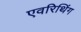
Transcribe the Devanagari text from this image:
एवरिथिंग